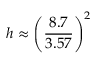
h \approx \left( { \frac { 8 . 7 } { 3 . 5 7 } } \right) ^ { 2 }